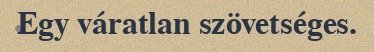
Egy váratlan szövetséges.